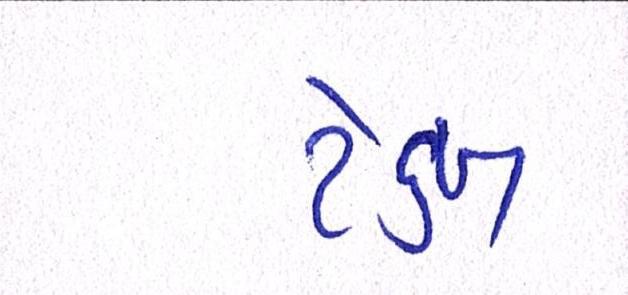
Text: ટેક્ષ